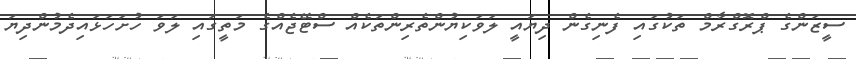
ސީޒަންގެ ޕްރޮގްރާމް ތަކުގައި ފެނިގެން ދިޔައީ ލަވަކިޔުންތެރިންތަކެއް ސްޓޭޖެއްގެ މަތީގައި ލަވަ ހުށަހަޅައިދެމުންދިޔަ